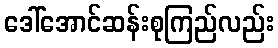
ဒေါ်အောင်ဆန်းစုကြည်လည်း